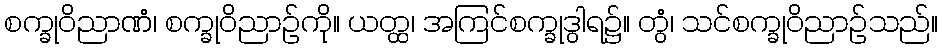
စက္ခုဝိညာဏံ၊ စက္ခုဝိညာဉ်ကို။ ယတ္ထ၊ အကြင်စက္ခုဒွါရ၌။ တွံ၊ သင်စက္ခုဝိညာဉ်သည်။